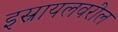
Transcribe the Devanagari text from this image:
इस्रायलवरील